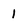
Character: 1